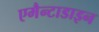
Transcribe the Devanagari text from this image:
एमैन्टाडाइन